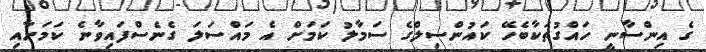
ގެ އިންސާނީ ހައްގުތަކާބެހޭ ކައުންސިލްގެ ސަމާލު ކަަމަށް އެ މައްސަލަ ގެނެސްފައިވާނެ ކަމަށާއި